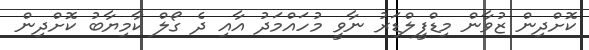
ކޮށްދިން ޒުވާން މިޑްފީލްޑަރު ނާވީ މުހައްމަދު އާއި ދެ ގޯލް ކާމިޔާބު ކޮށްދިން